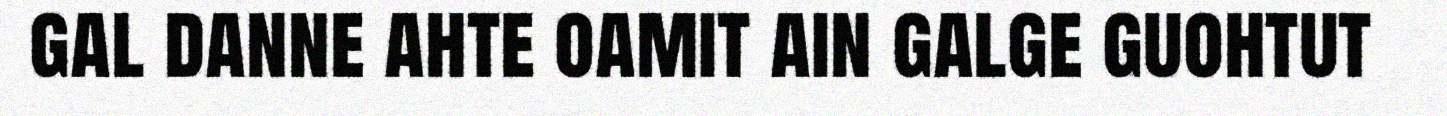
gal danne ahte oamit ain galge guohtut